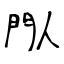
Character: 閄